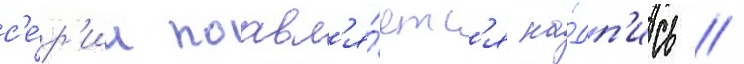
с'е́р'ии поавл'я́етс'я на́дп'ись /